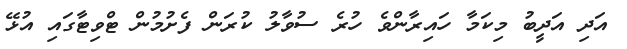
އަދި އަދީބު މިކަމާ ހައިރާންވެ ހުރެ ސުވާލު ކުރަން ފެށުމުން ޓްވިޓާގައި އުޅޭ